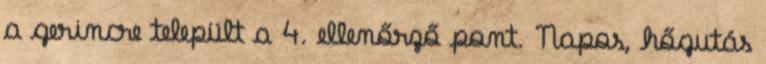
a gerincre települt a 4. ellenőrző pont. Napos, hőgutás